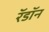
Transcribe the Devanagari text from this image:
रॅडॉन